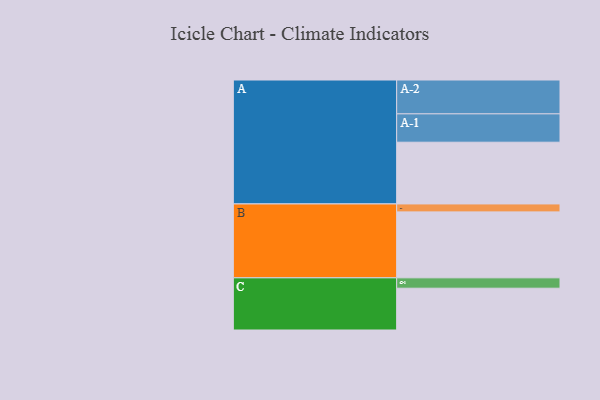
{"axis": {"x": "Segment", "y": "Value"}, "legend": ["", "A", "B", "C"], "data": [{"x": "A", "y": 529, "type": ""}, {"x": "B", "y": 565, "type": ""}, {"x": "C", "y": 358, "type": ""}, {"x": "A-1", "y": 243, "type": "A"}, {"x": "A-2", "y": 290, "type": "A"}, {"x": "B-1", "y": 68, "type": "B"}, {"x": "C-1", "y": 89, "type": "C"}]}